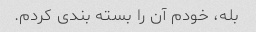
بله، خودم آن را بسته بندی کردم.